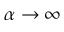
\alpha \rightarrow \infty